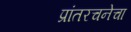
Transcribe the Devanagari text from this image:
प्रांतरचनेचा